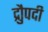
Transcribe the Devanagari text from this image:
द्रुौपदी